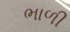
ભાળી